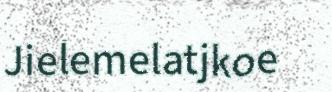
Jielemelatjkoe